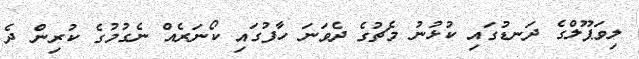
ލިވަޕޫލްގެ ދަނޑުގައި ކުޅުނު މެޗުގެ ދެވަނަ ހާފުގައި ކޯނަރެއް ނެގުމުގެ ކުރިން ދެ